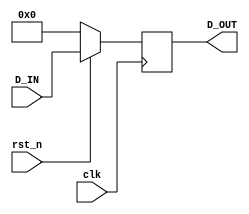
module REG4(
    input clk,rst_n,
    input [3:0] D_IN,
    output reg [3:0] D_OUT
);
    always@(posedge clk)
    begin
        if(rst_n==0)
            D_OUT<=4'b0;
        else
            D_OUT<=D_IN;
    end
endmodule